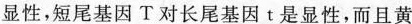
显性，短尾基因T对长尾基因t是显性，而且黄